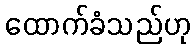
ထောက်ခံသည်ဟု